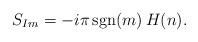
LaTeX: \begin{align*}S_{Im} = -i\pi\, \mbox{sgn}(m)\, H(n). \end{align*}